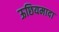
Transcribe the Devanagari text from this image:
ऊछियमादा